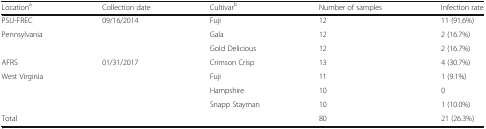
| Locationa | Collection date | Cultivarb | Number of samples | Infection rate |
 | --- | --- | --- | --- | --- |
 | PSU-FREC | 09/16/2014 | Fuji | 12 | 11 (91.6%) |
 | Pennsylvania |  | Gala | 12 | 2 (16.7%) |
 |  |  | Gold Delicious | 12 | 2 (16.7%) |
 | AFRS | 01/31/2017 | Crimson Crisp | 13 | 4 (30.7%) |
 | West Virginia |  | Fuji | 11 | 1 (9.1%) |
 |  |  | Hampshire | 10 | 0 |
 |  |  | Snapp Stayman | 10 | 1 (10.0%) |
 | Total |  |  | 80 | 21 (26.3%) |